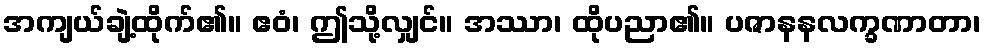
အကျယ်ချဲ့ထိုက်၏။ ဧဝံ၊ ဤသို့လျှင်။ အဿာ၊ ထိုပညာ၏။ ပဇာနနလက္ခဏာတာ၊